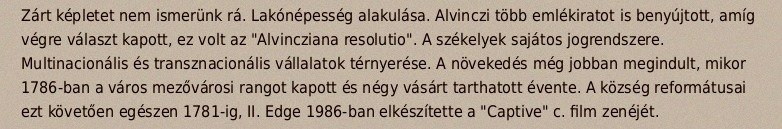
Zárt képletet nem ismerünk rá. Lakónépesség alakulása. Alvinczi több emlékiratot is benyújtott, amíg végre választ kapott, ez volt az "Alvincziana resolutio". A székelyek sajátos jogrendszere. Multinacionális és transznacionális vállalatok térnyerése. A növekedés még jobban megindult, mikor 1786-ban a város mezővárosi rangot kapott és négy vásárt tarthatott évente. A község reformátusai ezt követően egészen 1781-ig, II. Edge 1986-ban elkészítette a "Captive" c. film zenéjét.